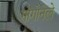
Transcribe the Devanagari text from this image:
गोगोनेले